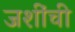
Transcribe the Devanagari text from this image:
जशींची